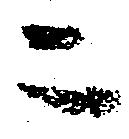
ニ